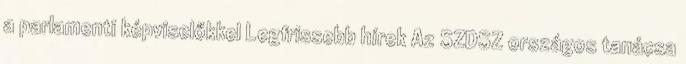
a parlamenti képviselőkkel Legfrissebb hírek Az SZDSZ országos tanácsa